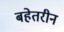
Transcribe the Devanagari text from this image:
बहेतरीन